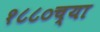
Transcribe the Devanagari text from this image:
१८८०च्या